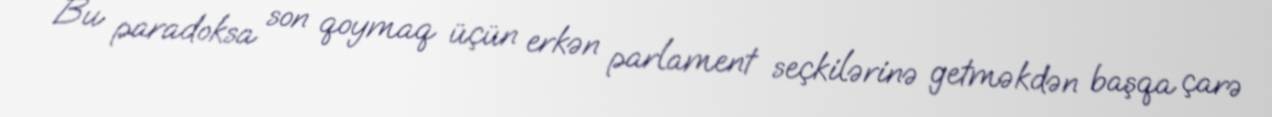
Bu paradoksa son qoymaq üçün erkən parlament seçkilərinə getməkdən başqa çarə